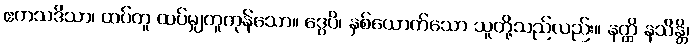
ဧကသဒိသာ၊ ထပ်တူ ထပ်မျှတူကုန်သော။ ဒွေပိ၊ နှစ်ယောက်သော သူတို့သည်လည်း။ နတ္ထိ နသိန္တိ၊